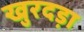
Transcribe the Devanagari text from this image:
खुरदड़ा